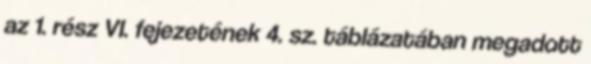
az 1. rész VI. fejezetének 4. sz. táblázatában megadott